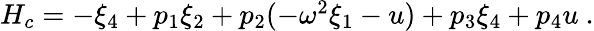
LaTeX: \begin{array}{r}{H_{c}=-\xi_{4}+p_{1}\xi_{2}+p_{2}(-\omega^{2}\xi_{1}-u)+p_{3}\xi_{4}+p_{4}u~.}\end{array}